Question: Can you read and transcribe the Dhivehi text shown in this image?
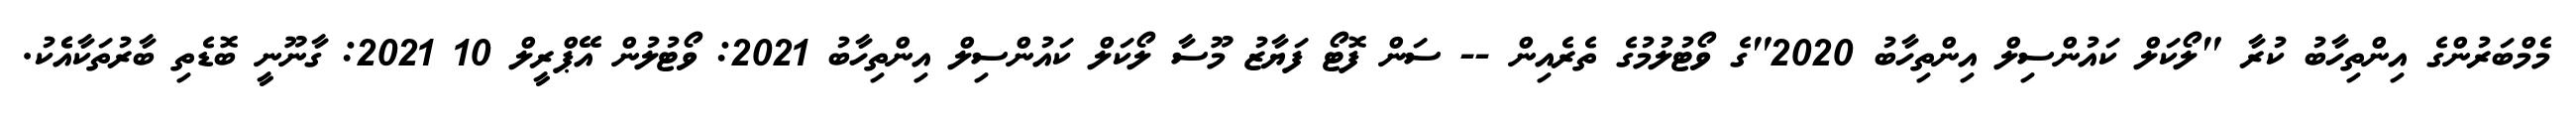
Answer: މެމްބަރުންގެ އިންތިހާބު ކުރާ "ލޯކަލް ކައުންސިލް އިންތިހާބު 2020"ގެ ވޯޓުލުމުގެ ތެރެއިން -- ސަން ފޮޓޯ ފަޔާޒު މޫސާ ލޯކަލް ކައުންސިލް އިންތިހާބު 2021: ވޯޓުލުން އޭޕްރީލް 10 2021: ގާނޫނީ ބޮޑެތި ބާރުތަކާއެެކު.